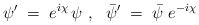
\begin{align*}\psi' \;=\; e^{i\chi}\,\psi~,~~\bar{\psi}' \;=\; \bar{\psi}\;e^{-i\chi}\end{align*}